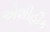
એશીહીક